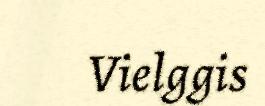
Vielggis